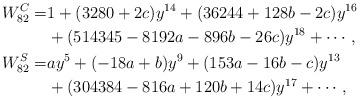
LaTeX: \begin{align*}W^C_{82}=&1+( 3280 + 2 c )y^{14}+( 36244 + 128 b - 2 c )y^{16}\\&+( 514345 - 8192 a - 896 b - 26 c )y^{18}+ \cdots,\\W^S_{82}=&a y^5+(- 18 a + b) y^9+( 153 a - 16 b - c) y^{13}\\&+( 304384 - 816 a + 120 b + 14 c) y^{17}+ \cdots,\end{align*}